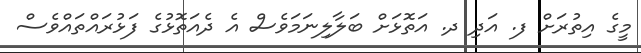
މީގެ އިތުރަށް ފ. އަދި ދ. އަތޮޅަށް ބަލާލިނަމަވެސް އެ ދެއަތޮޅުގެ ފަޅުރައްތައްްވެސް